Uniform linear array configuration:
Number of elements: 48
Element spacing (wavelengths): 1
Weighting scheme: exponential
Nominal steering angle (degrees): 45
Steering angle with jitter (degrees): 44.287
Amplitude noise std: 0.05
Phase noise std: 0.05

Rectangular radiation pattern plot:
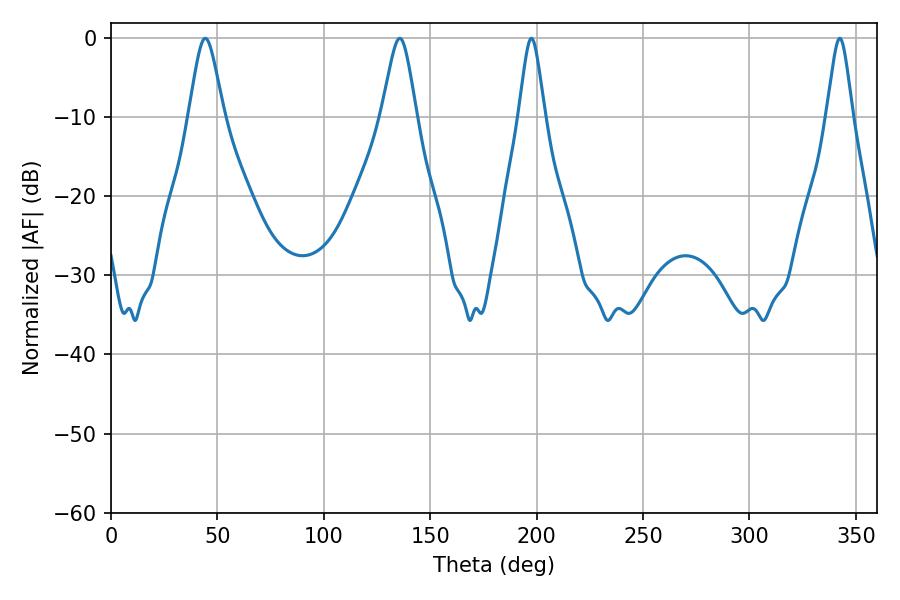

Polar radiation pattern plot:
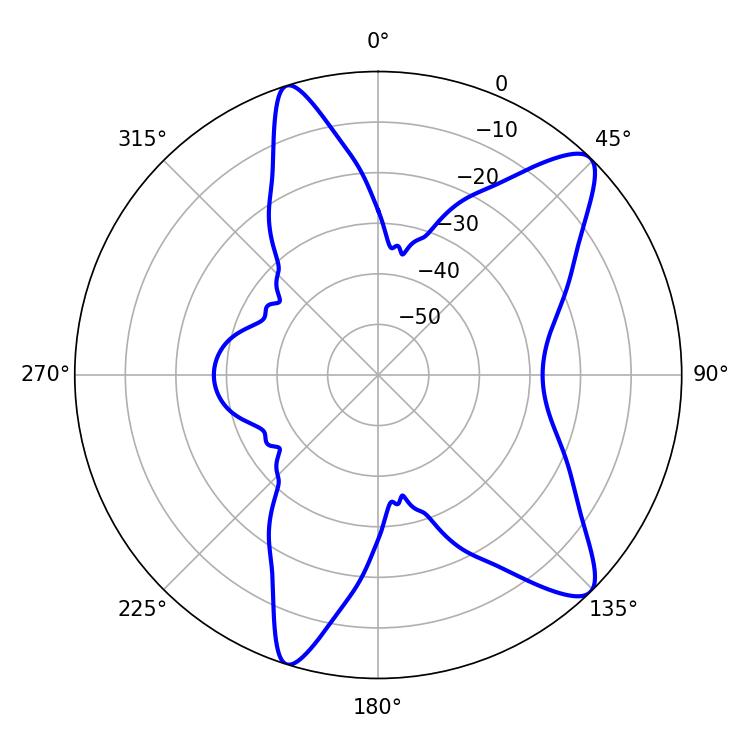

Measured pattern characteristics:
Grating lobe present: TRUE
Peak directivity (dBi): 10.861
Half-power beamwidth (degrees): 7.92
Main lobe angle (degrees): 44.28